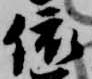
依